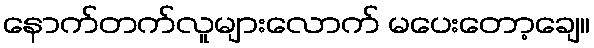
နောက်တက်လူများလောက် မပေးတော့ချေ။